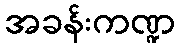
အခန်းကဏ္ဍ